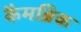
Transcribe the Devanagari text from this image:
कैमब्रिक